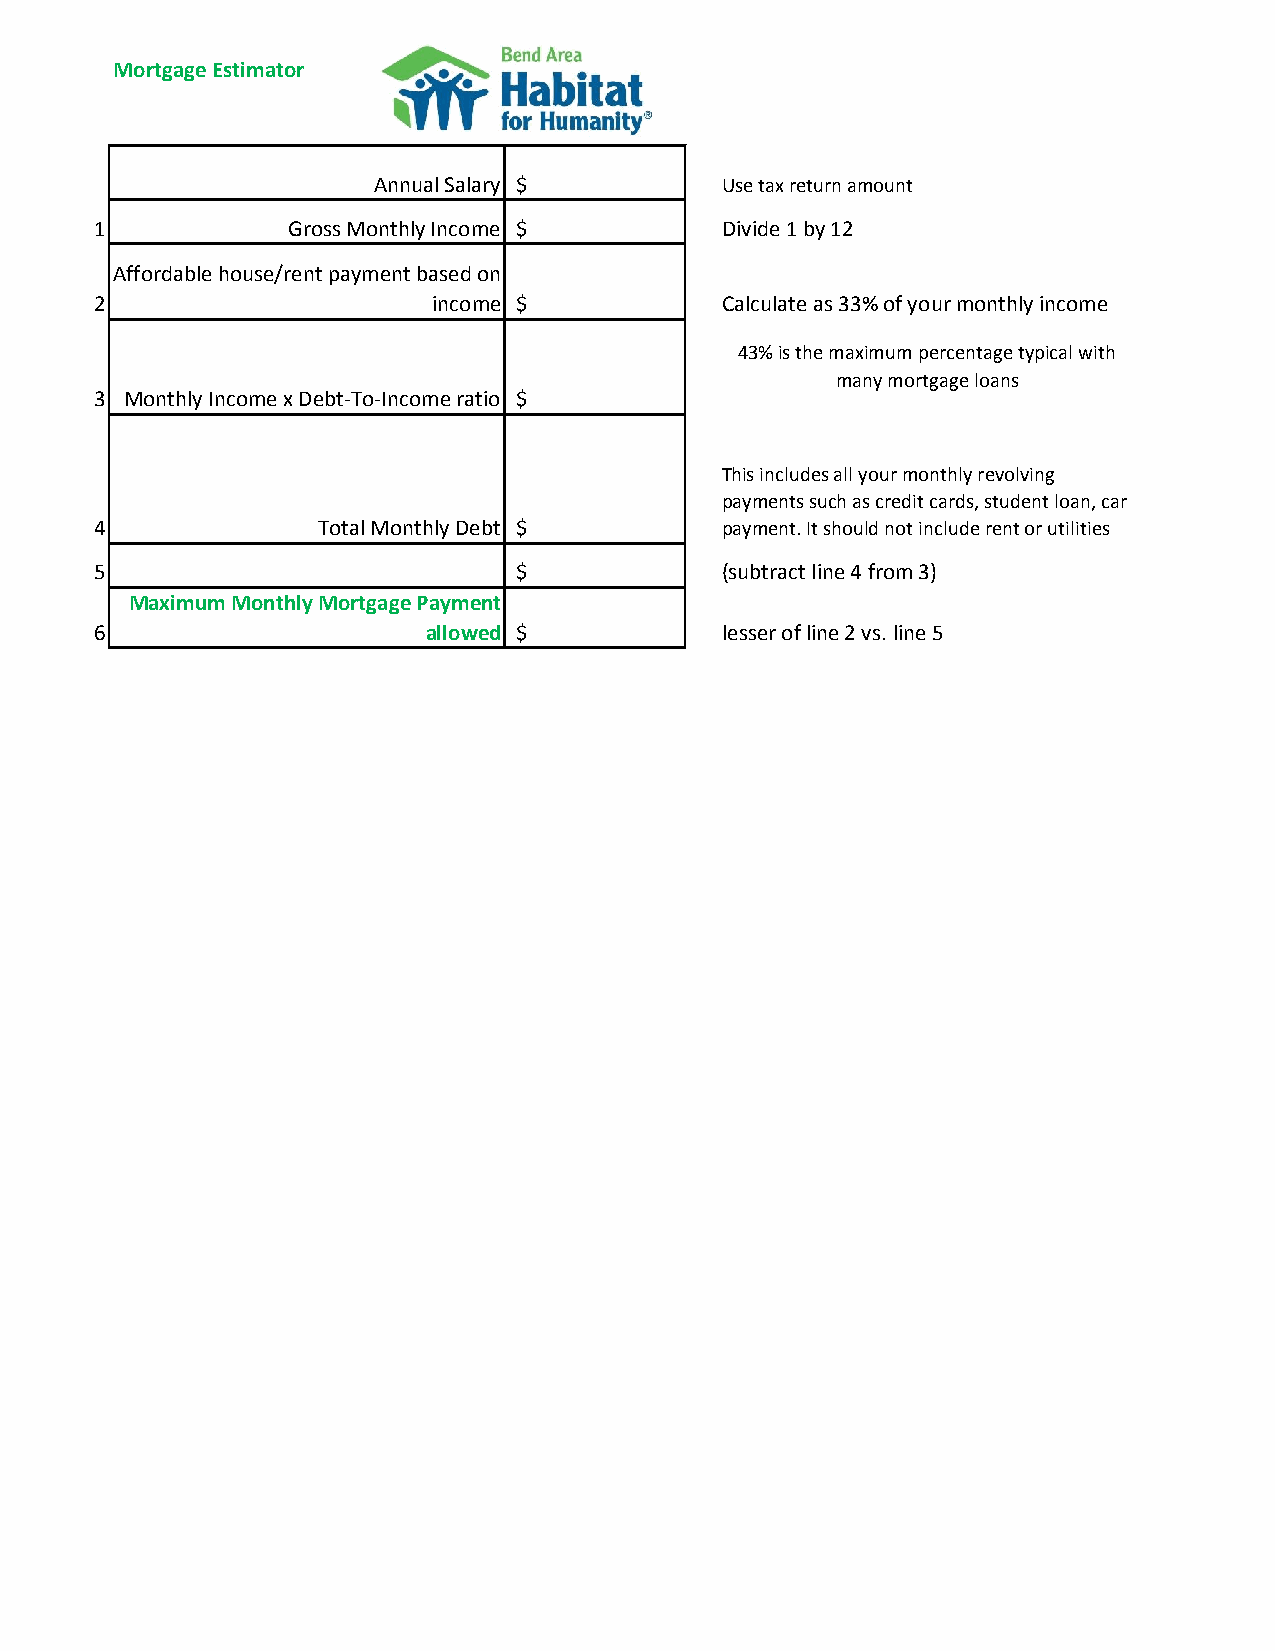
Mortgage Estimator
 Annual Salary $        Use tax return amount
 1            Gross Monthly Income $       Divide 1 by 12
 Affordable house/rent payment based on
 2                      income $           Calculate as 33% of your monthly income
 43% is the maximum percentage typical with
 many mortgage loans
 3 Monthly Income x Debt-To-Income ratio $
 This includes all your monthly revolving
 payments such as credit cards, student loan, car
 4              Total Monthly Debt $       payment. It should not include rent or utilities
 5                           $             (subtract line 4 from 3)
 Maximum Monthly Mortgage Payment
 6                     allowed $           lesser of line 2 vs. line 5